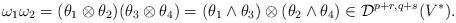
LaTeX: \begin{align*} \omega_1\omega_2= (\theta_1\otimes \theta_2 )(\theta_3\otimes \theta_4)= (\theta_1\wedge \theta_3 )\otimes(\theta_2\wedge \theta_4)\in {\mathcal D}^{p+r,q+s}(V^*).\end{align*}